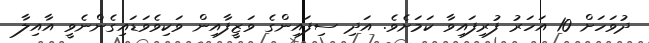
ދުވަހަށް 10 އަހަރު ފުރިފައިވާ ކަމަށެވެ. އަދި ސިފައިންގެ ވަޒީފާއިން ވަކިވެވަޑައިގެންނެވީ އާއިލާ